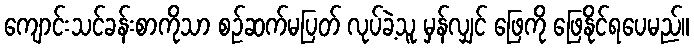
ကျောင်းသင်ခန်းစာကိုသာ စဉ်ဆက်မပြတ် လုပ်ခဲ့သူ မှန်လျှင် ဖြေကို ဖြေနိုင်ရပေမည်။